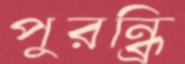
পুরন্ধ্রি